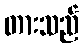
တားသည်